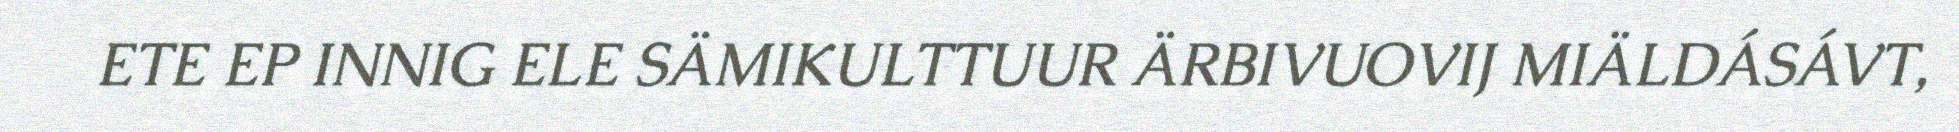
ETE EP INNIG ELE SÄMIKULTTUUR ÄRBIVUOVIJ MIÄLDÁSÁVT,